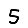
Digit: 5